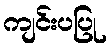
ကျင်းပပြု